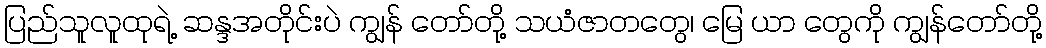
ပြည်သူလူထုရဲ့ ဆန္ဒအတိုင်းပဲ ကျွန် တော်တို့ သယံဇာတတွေ၊ မြေ ယာ တွေကို ကျွန်တော်တို့